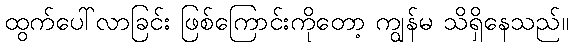
ထွက်ပေါ်လာခြင်း ဖြစ်ကြောင်းကိုတော့ ကျွန်မ သိရှိနေသည်။